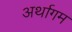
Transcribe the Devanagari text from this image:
अर्थागम